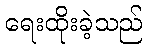
ရေးထိုးခဲ့သည်